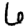
Digit: 6